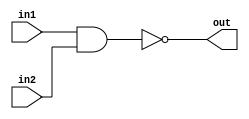
module NAND
(
    input in1,
    input in2,
    output reg out
    );
    
    
 always@*
 out = ~(in1 & in2);
endmodule